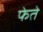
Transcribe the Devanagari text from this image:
फेते